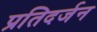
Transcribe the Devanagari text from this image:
प्रतिदर्जन